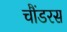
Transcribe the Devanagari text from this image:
चौंडरस